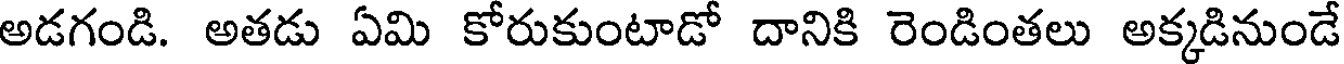
అడగండి. అతడు ఏమి కోరుకుంటాడో దానికి రెండింతలు అక్కడినుండే